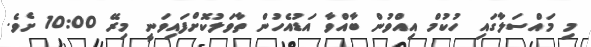
މި މައްސަލާގައި ހުކުމް އިއްވުން ބާއްވާ އަޑުއެހުން ތާވަލުކޮށްފައިވަނީ މިރޭ 10:00 ށެވެ.